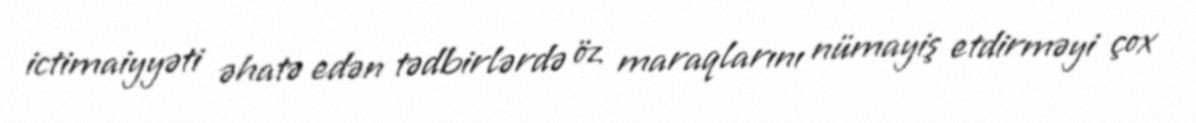
ictimaiyyəti əhatə edən tədbirlərdə öz maraqlarını nümayiş etdirməyi çox